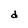
Character: d